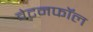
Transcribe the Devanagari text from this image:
वेटनफॉल